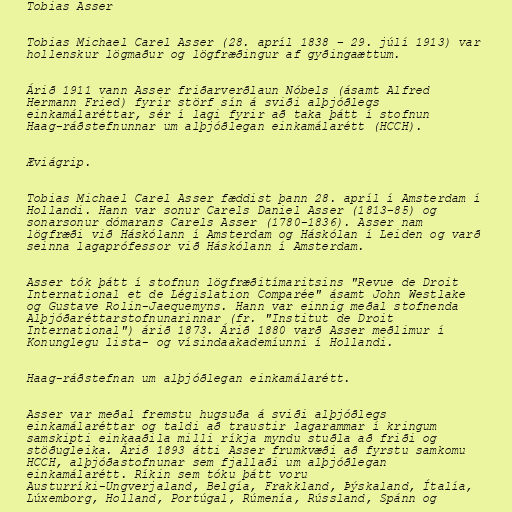
Tobias Asser

Tobias Michael Carel Asser (28. apríl 1838 – 29. júlí 1913) var
hollenskur lögmaður og lögfræðingur af gyðingaættum.

Árið 1911 vann Asser friðarverðlaun Nóbels (ásamt Alfred
Hermann Fried) fyrir störf sín á sviði alþjóðlegs
einkamálaréttar, sér í lagi fyrir að taka þátt í stofnun
Haag-ráðstefnunnar um alþjóðlegan einkamálarétt (HCCH).

Æviágrip.

Tobias Michael Carel Asser fæddist þann 28. apríl í Amsterdam í
Hollandi. Hann var sonur Carels Daniel Asser (1813–85) og
sonarsonur dómarans Carels Asser (1780-1836). Asser nam
lögfræði við Háskólann í Amsterdam og Háskólan í Leiden og varð
seinna lagaprófessor við Háskólann í Amsterdam.

Asser tók þátt í stofnun lögfræðitímaritsins "Revue de Droit
International et de Législation Comparée" ásamt John Westlake
og Gustave Rolin-Jaequemyns. Hann var einnig meðal stofnenda
Alþjóðaréttarstofnunarinnar (fr. "Institut de Droit
International") árið 1873. Árið 1880 varð Asser meðlimur í
Konunglegu lista- og vísindaakademíunni í Hollandi.

Haag-ráðstefnan um alþjóðlegan einkamálarétt.

Asser var meðal fremstu hugsuða á sviði alþjóðlegs
einkamálaréttar og taldi að traustir lagarammar í kringum
samskipti einkaaðila milli ríkja myndu stuðla að friði og
stöðugleika. Árið 1893 átti Asser frumkvæði að fyrstu samkomu
HCCH, alþjóðastofnunar sem fjallaði um alþjóðlegan
einkamálarétt. Ríkin sem tóku þátt voru
Austurríki-Ungverjaland, Belgía, Frakkland, Þýskaland, Ítalía,
Lúxemborg, Holland, Portúgal, Rúmenía, Rússland, Spánn og